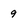
Character: 9